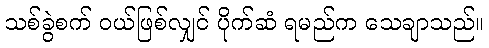
သစ်ခွဲစက် ဝယ်ဖြစ်လျှင် ပိုက်ဆံ ရမည်က သေချာသည်။